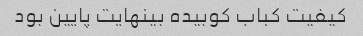
کیفیت کباب کوبیده بینهایت پایین بود